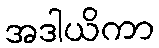
အဒါယိကာ